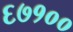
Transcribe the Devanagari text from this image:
६७१००